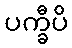
ပက္ခီပိ